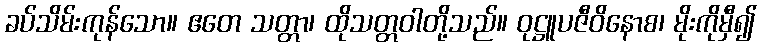
ခပ်သိမ်းကုန်သော။ ဧတေ သတ္တာ၊ ထိုသတ္တဝါတို့သည်။ ဝုဋ္ဌူပဇီဝိနောစ၊ မိုးကိုမှီ၍